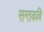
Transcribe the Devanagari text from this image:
सन्तकवि